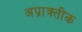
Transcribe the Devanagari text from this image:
अप्राक्र्तीक